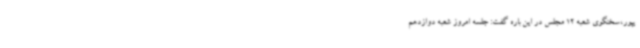
یپور،سخنگوی شعبه 12 مجلس در این باره گفت: جلسه امروز شعبه دوازدهم